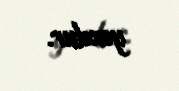
yoxdur.